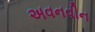
અવનવીન